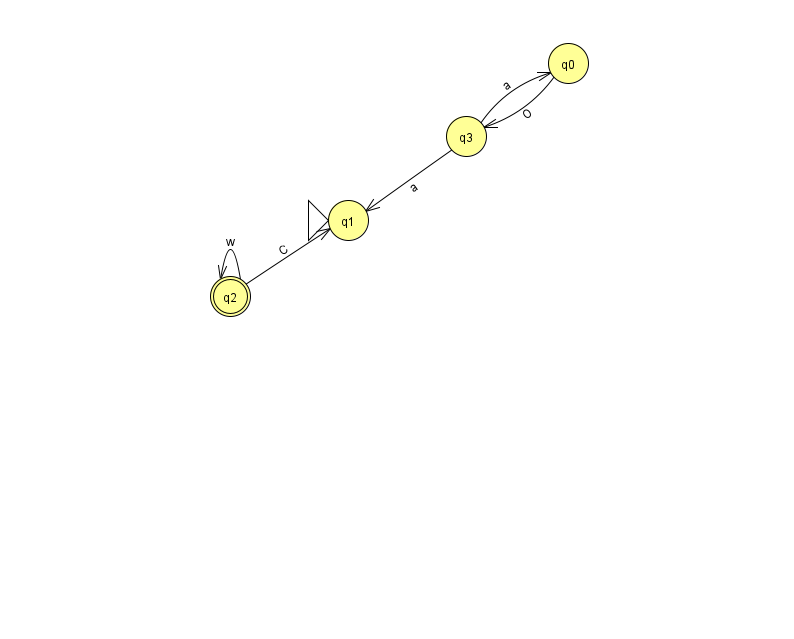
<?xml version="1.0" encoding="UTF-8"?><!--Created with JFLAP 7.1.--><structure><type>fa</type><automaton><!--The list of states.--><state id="0" name="q0"><x>568.0</x><y>50.0</y></state><state id="1" name="q1"><x>348.0</x><y>207.0</y><initial/></state><state id="2" name="q2"><x>230.0</x><y>283.0</y><final/></state><state id="3" name="q3"><x>466.0</x><y>123.0</y></state><!--The list of transitions.--><transition><from>3</from><to>1</to><read>a</read></transition><transition><from>3</from><to>0</to><read>a</read></transition><transition><from>2</from><to>2</to><read>w</read></transition><transition><from>0</from><to>3</to><read>O</read></transition><transition><from>2</from><to>1</to><read>C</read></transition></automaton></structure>